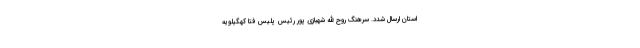
استان ارسال شدد. سرهنگ روح الله شهبازی پور رئیس پلیس فتا کهگیلویه